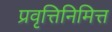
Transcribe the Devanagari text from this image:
प्रवृत्तिनिमित्त